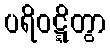
ပရိဝဋ္ဋိတွာ